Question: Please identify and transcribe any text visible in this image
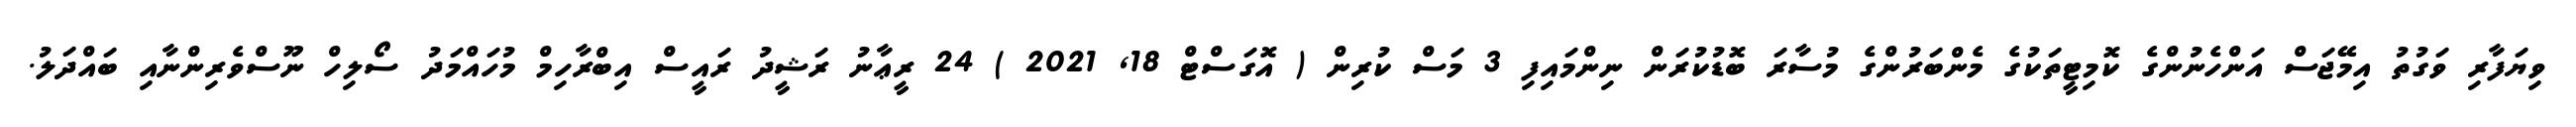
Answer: ވިޔަފާރި ވަގުތު އިމޭޖަސް އަންހެނުންގެ ކޮމިޓީތަކުގެ މެންބަރުންގެ މުސާރަ ބޮޑުކުރަން ނިންމައިފި 3 މަސް ކުރިން ( އޮގަސްޓް 18, 2021 ) 24 ރީޢާނު ރަޝީދު ރައީސް އިބްރާހިމް މުހައްމަދު ސޯލިހް ނޫސްވެރިންނާއި ބައްދަލު.